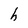
Character: h